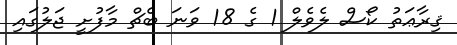
ޤިރާޢަތު ކޯސް ލެވެލް 1 ގެ 18 ވަނަ ބެޗް މާފުށީ ޖަލުގައި